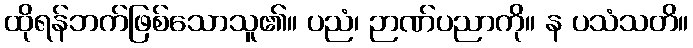
ထိုရန်ဘက်ဖြစ်သောသူ၏။ ပညံ၊ ဉာဏ်ပညာကို။ န ပသံသတိ။